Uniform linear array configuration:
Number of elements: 24
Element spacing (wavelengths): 0.75
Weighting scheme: blackman
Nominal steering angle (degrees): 15
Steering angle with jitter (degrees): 14.096
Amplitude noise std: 0.05
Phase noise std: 0.05

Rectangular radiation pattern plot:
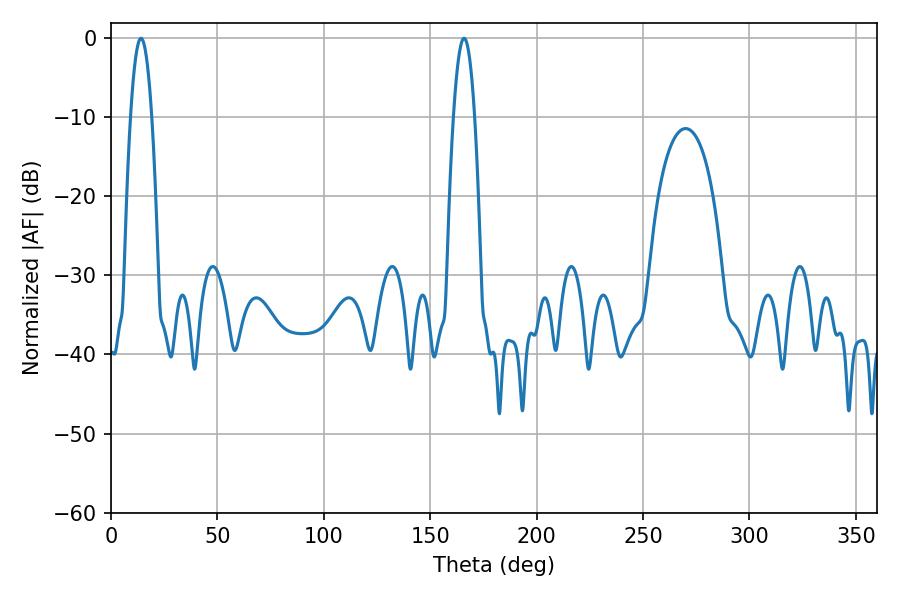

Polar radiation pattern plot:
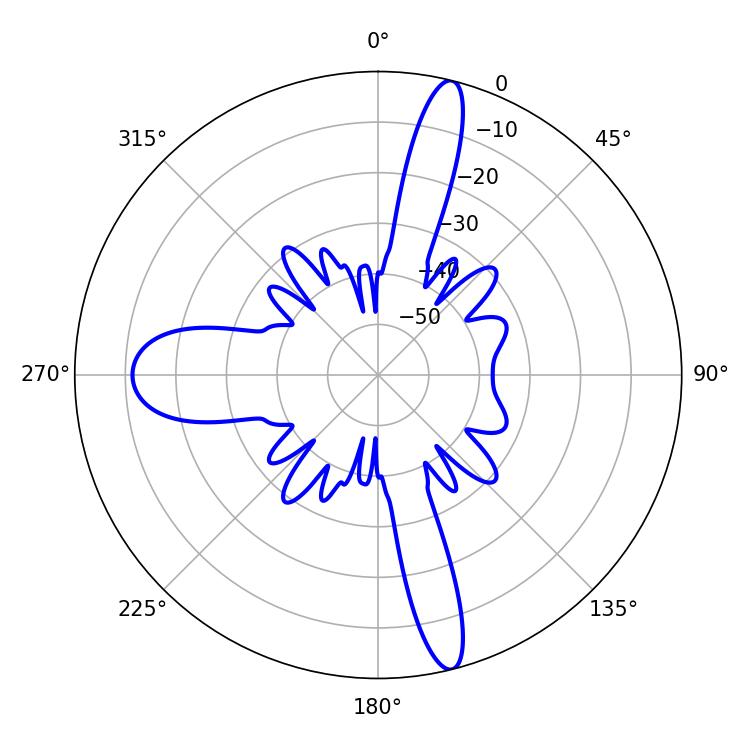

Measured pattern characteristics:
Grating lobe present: TRUE
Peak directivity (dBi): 18.269
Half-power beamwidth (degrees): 5.58
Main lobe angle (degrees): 14.04